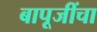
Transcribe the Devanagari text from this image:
बापूजींचा